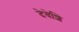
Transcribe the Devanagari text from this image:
देवेशि